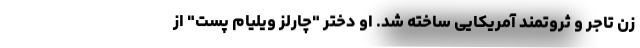
زن تاجر و ثروتمند آمریکایی ساخته شد. او دختر "چارلز ویلیام پست" از